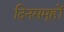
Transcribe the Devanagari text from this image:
दिनसमूहों